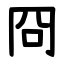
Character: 冏